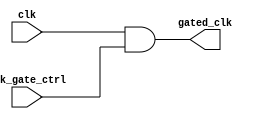
module clk_gating_cell (
    input wire clk,               // Primary clock signal
    input wire clk_gate_ctrl,     // Clock gating control signal
    output wire gated_clk         // Gated clock output
);

    // Internal signals for clock gating
    wire n_clk_gate_ctrl;
    wire gated_clk_n;

    // Invert the clock gating control signal
    assign n_clk_gate_ctrl = ~clk_gate_ctrl;

    // Clock gating logic using AND gates
    assign gated_clk = clk & clk_gate_ctrl;

endmodule